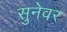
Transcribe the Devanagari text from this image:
सुनेवर